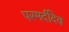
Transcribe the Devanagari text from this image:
परमर्दीदेव